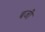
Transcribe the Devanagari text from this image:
बजीं